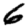
Digit: 6